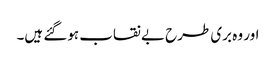
اور وہ بری طرح بے نقاب ہوگئے ہیں۔